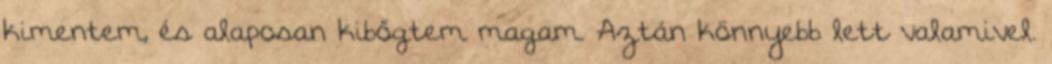
kimentem, és alaposan kibőgtem magam. Aztán könnyebb lett valamivel.